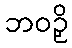
ဘဝဉှိ